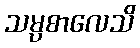
သမ္ပစာလေသိ